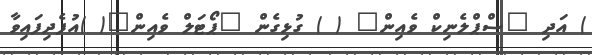
) އަދި "ސްޕްލެނިކް ވެއިން" ( ) ގުޅިގެން "ޕޯޓަލް ވެއިން"( )އުފެދިފައިވާ